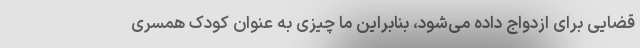
قضایی برای ازدواج داده می‌شود، بنابراین ما چیزی به عنوان کودک همسری